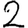
Digit: 2